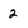
Character: 2